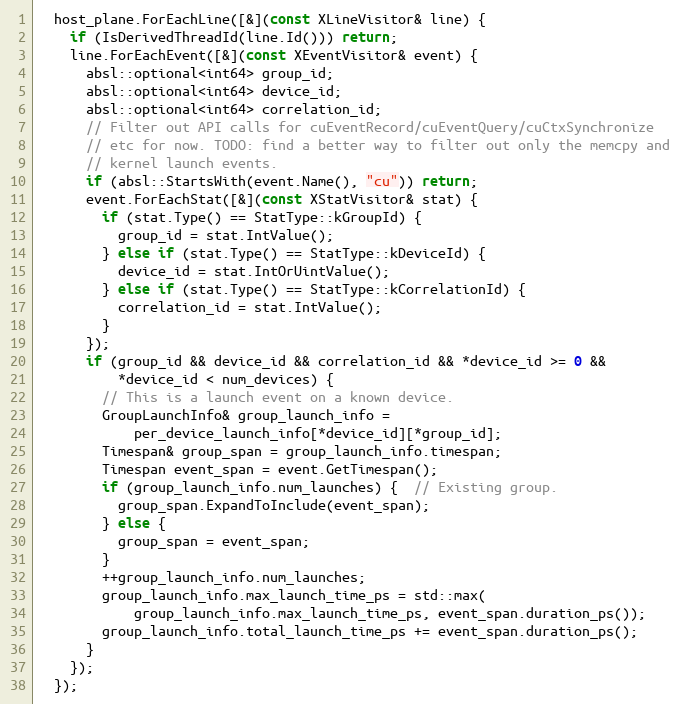
Language: C++
  host_plane.ForEachLine([&](const XLineVisitor& line) {
    if (IsDerivedThreadId(line.Id())) return;
    line.ForEachEvent([&](const XEventVisitor& event) {
      absl::optional<int64> group_id;
      absl::optional<int64> device_id;
      absl::optional<int64> correlation_id;
      // Filter out API calls for cuEventRecord/cuEventQuery/cuCtxSynchronize
      // etc for now. TODO: find a better way to filter out only the memcpy and
      // kernel launch events.
      if (absl::StartsWith(event.Name(), "cu")) return;
      event.ForEachStat([&](const XStatVisitor& stat) {
        if (stat.Type() == StatType::kGroupId) {
          group_id = stat.IntValue();
        } else if (stat.Type() == StatType::kDeviceId) {
          device_id = stat.IntOrUintValue();
        } else if (stat.Type() == StatType::kCorrelationId) {
          correlation_id = stat.IntValue();
        }
      });
      if (group_id && device_id && correlation_id && *device_id >= 0 &&
          *device_id < num_devices) {
        // This is a launch event on a known device.
        GroupLaunchInfo& group_launch_info =
            per_device_launch_info[*device_id][*group_id];
        Timespan& group_span = group_launch_info.timespan;
        Timespan event_span = event.GetTimespan();
        if (group_launch_info.num_launches) {  // Existing group.
          group_span.ExpandToInclude(event_span);
        } else {
          group_span = event_span;
        }
        ++group_launch_info.num_launches;
        group_launch_info.max_launch_time_ps = std::max(
            group_launch_info.max_launch_time_ps, event_span.duration_ps());
        group_launch_info.total_launch_time_ps += event_span.duration_ps();
      }
    });
  });